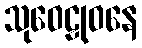
သုဝေဠုဝနေ